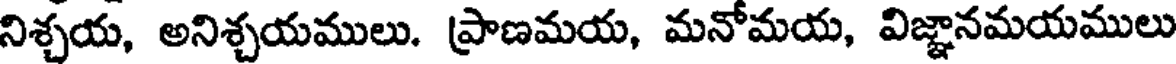
నిశ్చయ, అనిశ్చయములు. ప్రాణమయ, మనోమయ, విజ్ఞానమయములు